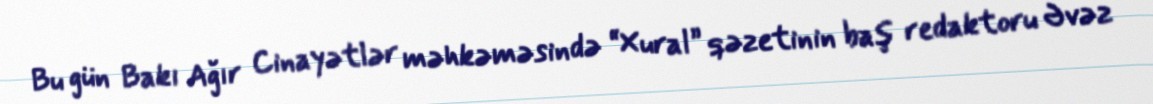
Bu gün Bakı Ağır Cinayətlər məhkəməsində “Xural” qəzetinin baş redaktoru Əvəz